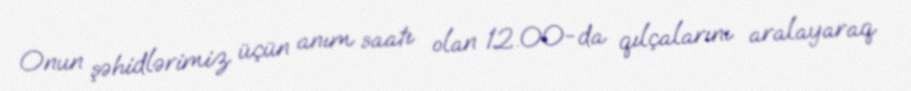
Onun şəhidlərimiz üçün anım saatı olan 12.00-da qılçalarını aralayaraq